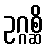
ဥဂ္ဂစ္ဆိ